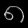
Digit: ၈